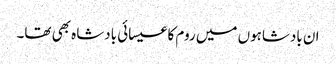
ان بادشاہوں میں روم کا عیسائی بادشاہ بھی تھا۔